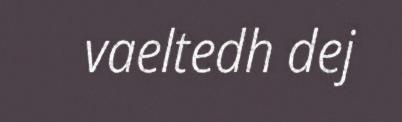
vaeltedh dej